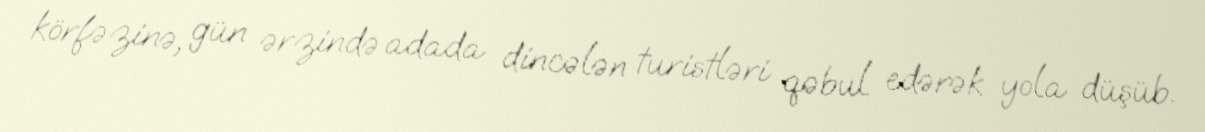
körfəzinə, gün ərzində adada dincələn turistləri qəbul edərək yola düşüb.